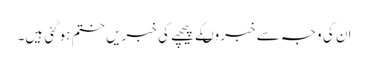
ان کی وجہ سے خبروںکے پیچھے کی خبریں ختم ہوگئی ہیں۔